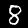
Label: 8